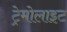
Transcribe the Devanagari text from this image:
ट्रेमोलाइट